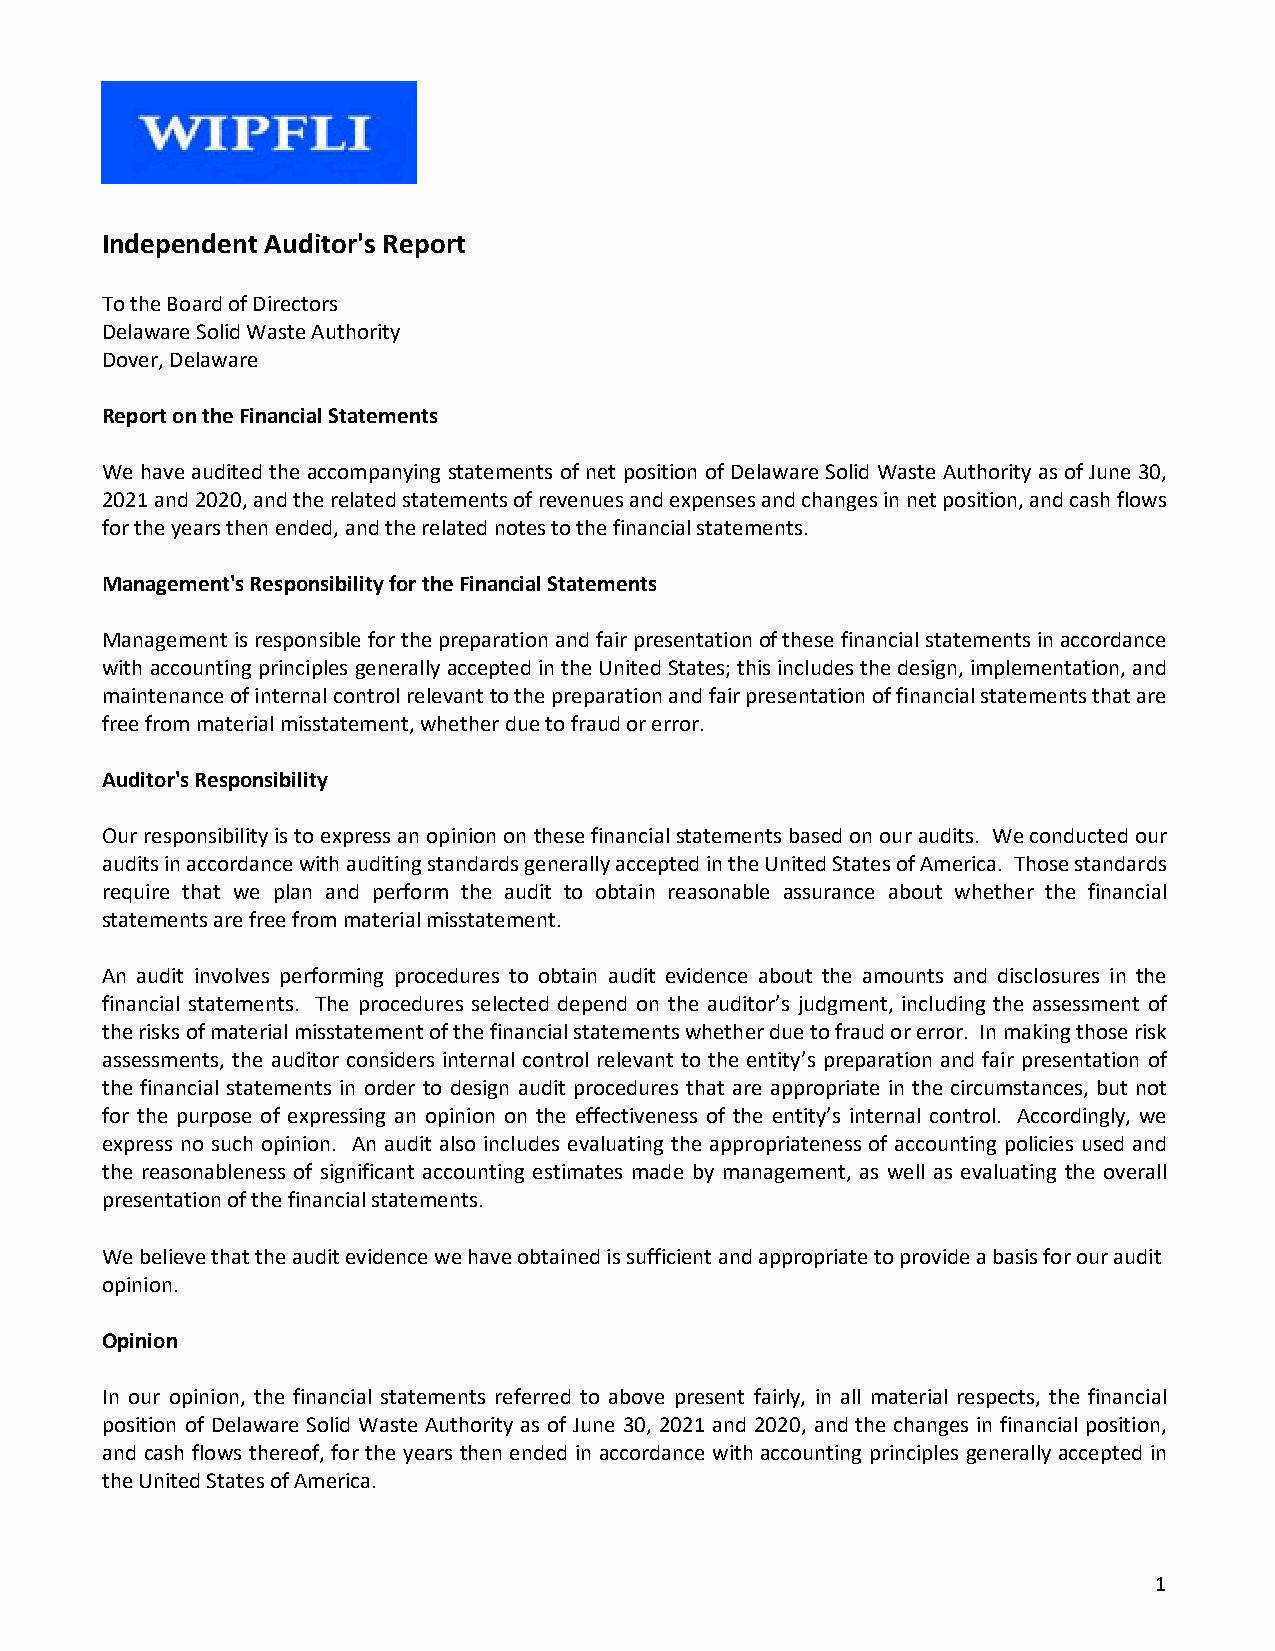
Independent Auditor's Report
 To the Board of Directors
 Delaware Solid Delaware Solid Waste Authority
 Dover, Delaware
 Waste Authority Report on the Financial Statements
 We have audited the accompanying statements of net position of Delaware Solid Waste Authority as of June 30,
 2021 and 2020, and the related statements of revenues and expenses and changes in net position, and cash flows
 for the years then ended, and the related notes to the financial statements.
 Financial Statements and
 Supplemental Information
 Management's Responsibility for the Financial Statements
 Years Ended June 30, 2021 and 2020
 Management is responsible for the preparation and fair presentation of these financial statements in accordance
 with accounting principles generally accepted in the United States; this includes the design, implementation, and
 maintenance of internal control relevant to the preparation and fair presentation of financial statements that are
 free from material misstatement, whether due to fraud or error.
 Auditor's Responsibility
 Our responsibility is to express an opinion on these financial statements based on our audits. We conducted our
 audits in accordance with auditing standards generally accepted in the United States of America. Those standards
 require that we plan and perform the audit to obtain reasonable assurance about whether the financial
 statements are free from material misstatement.
 An audit involves performing procedures to obtain audit evidence about the amounts and disclosures in the
 financial statements. The procedures selected depend on the auditor’s judgment, including the assessment of
 the risks of material misstatement of the financial statements whether due to fraud or error. In making those risk
 assessments, the auditor considers internal control relevant to the entity’s preparation and fair presentation of
 the financial statements in order to design audit procedures that are appropriate in the circumstances, but not
 for the purpose of expressing an opinion on the effectiveness of the entity’s internal control. Accordingly, we
 express no such opinion. An audit also includes evaluating the appropriateness of accounting policies used and
 the reasonableness of significant accounting estimates made by management, as well as evaluating the overall
 presentation of the financial statements.
 We believe that the audit evidence we have obtained is sufficient and appropriate to provide a basis for our audit
 opinion.
 Opinion
 In our opinion, the financial statements referred to above present fairly, in all material respects, the financial
 position of Delaware Solid Waste Authority as of June 30, 2021 and 2020, and the changes in financial position,
 and cash flows thereof, for the years then ended in accordance with accounting principles generally accepted in
 the United States of America.
 1